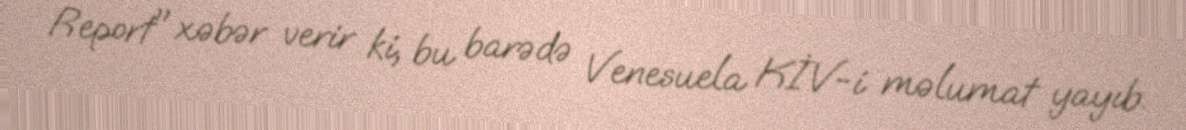
Report" xəbər verir ki, bu barədə Venesuela KİV-i məlumat yayıb.